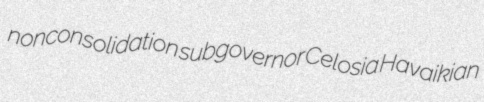
nonconsolidation subgovernor Celosia Havaikian